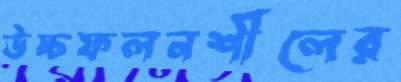
উচ্চফলনশীলের